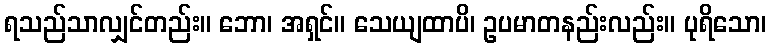
ရသည်သာလျှင်တည်း။ ဘော၊ အရှင်။ သေယျထာပိ၊ ဥပမာတနည်းလည်း။ ပုရိသော၊